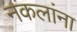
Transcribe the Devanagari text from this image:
नकलांना